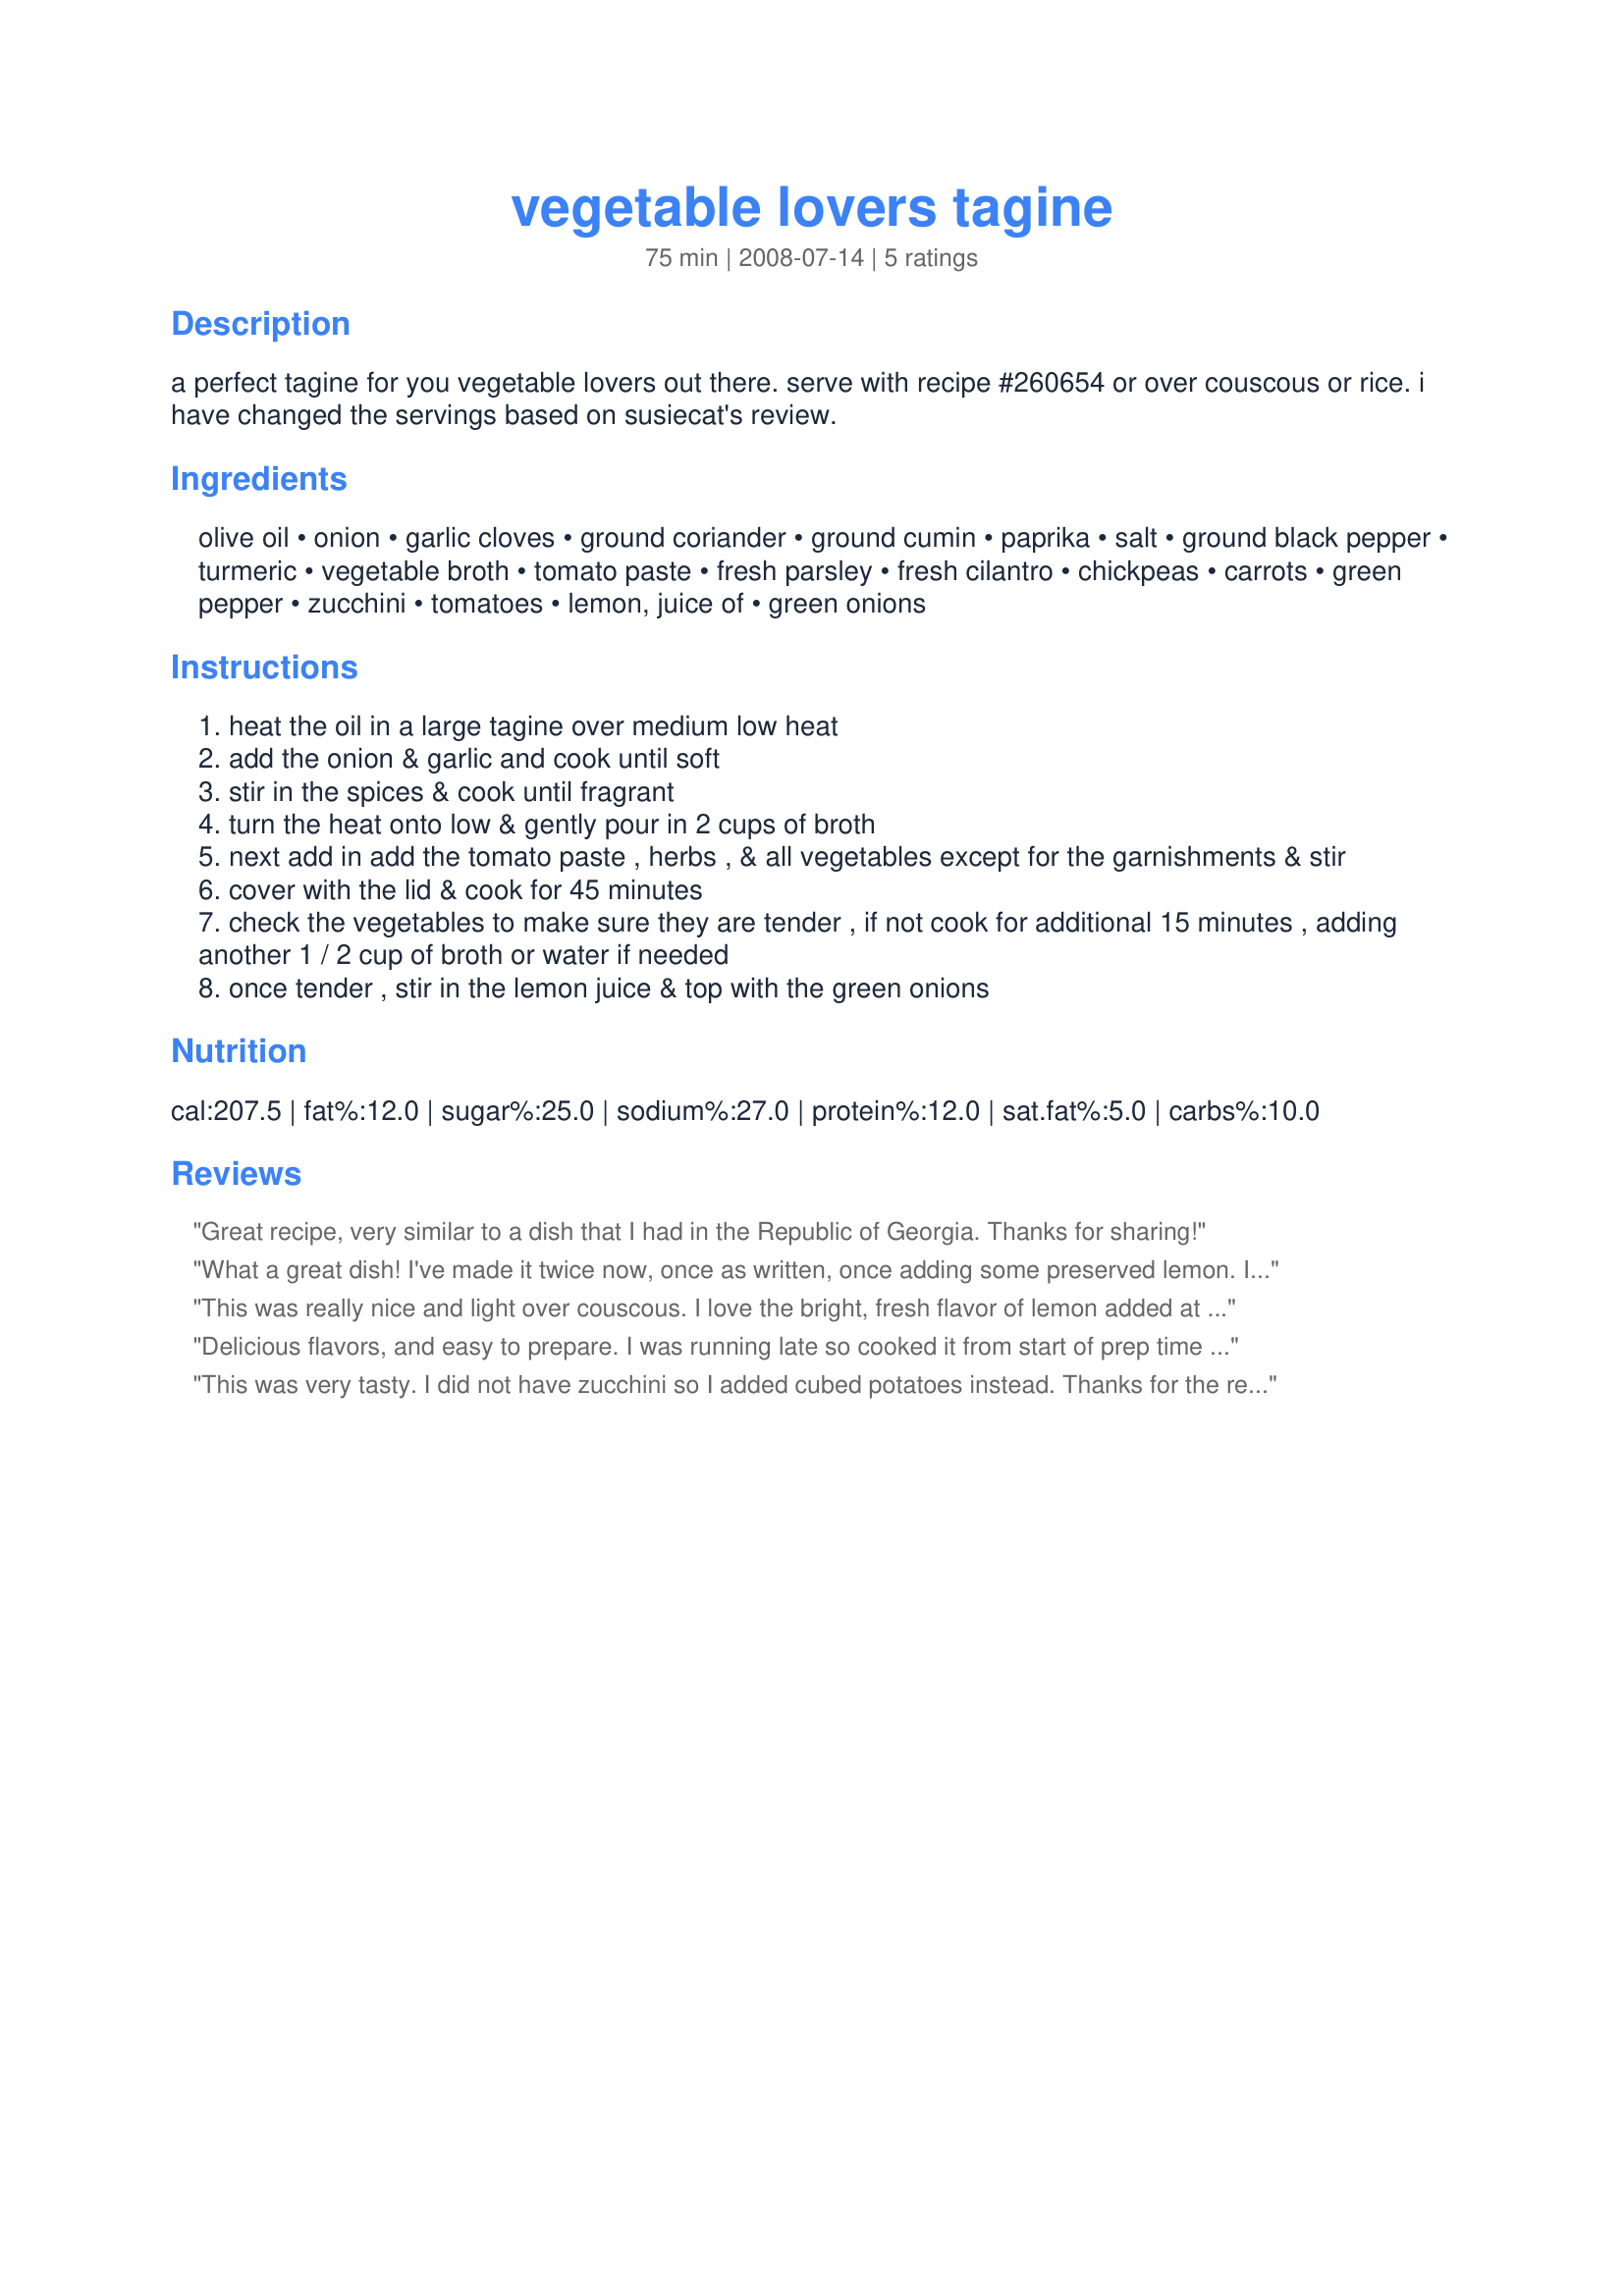
vegetable lovers tagine
Preparation time: 75 minutes

a perfect tagine for you vegetable lovers out there. serve with recipe #260654 or over couscous or rice. i have changed the servings based on susiecat's review.

Ingredients:
olive oil, onion, garlic cloves, ground coriander, ground cumin, paprika, salt, ground black pepper, turmeric, vegetable broth, tomato paste, fresh parsley, fresh cilantro, chickpeas, carrots, green pepper, zucchini, tomatoes, lemon, juice of, green onions

Steps:
heat the oil in a large tagine over medium low heat
add the onion & garlic and cook until soft
stir in the spices & cook until fragrant
turn the heat onto low & gently pour in 2 cups of broth
next add in add the tomato paste , herbs , & all vegetables except for the garnishments & stir
cover with the lid & cook for 45 minutes
check the vegetables to make sure they are tender , if not cook for additional 15 minutes , adding another 1 / 2 cup of broth or water if needed
once tender , stir in the lemon juice & top with the green onions

Reviews:
Great recipe, very similar to a dish that I had in the Republic of Georgia. Thanks for sharing!
What a great dish! I've made it twice now, once as written, once adding some preserved lemon. I lightly toasted coriander and cumin seeds and ground them for this--had fresh herbs and tomatoes from the garden--the aromas while it cooks are fabulous and the flavor even better! Another great one, Nasseh.
This was really nice and light over couscous. I love the bright, fresh flavor of lemon added at the end. A great meal for summer. Thanks for posting!
Delicious flavors, and easy to prepare. I was running late so cooked it from start of prep time to finish in only 45 minutes, which wasn't quite enough time for it to really get thick. It was a bit soupy, but that was my own fault for cutting the time by half an hour, not the fault of the recipe. This made a lot of tagine, and easily can feed 6, more like 8 in my opinion. Wonderful meatless meal, thanks Nasseh.
This was very tasty. I did not have zucchini so I added cubed potatoes instead. Thanks for the recipe.
